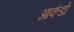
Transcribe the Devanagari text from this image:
आकंडो